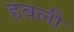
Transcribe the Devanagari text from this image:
हवली